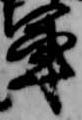
軍